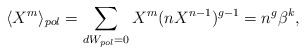
\begin{align*}\langle X^m \rangle_{pol} = \sum_{dW_{pol}=0} X^m (n X^{n-1})^{g-1}=n^g \beta^{k},\end{align*}